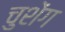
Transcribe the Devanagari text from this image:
चुशेंग